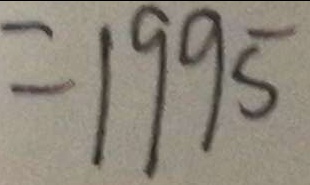
= 1 9 9 5